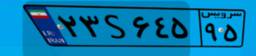
۴۲S۵۴۵۵۶